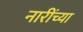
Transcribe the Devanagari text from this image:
नारींच्या